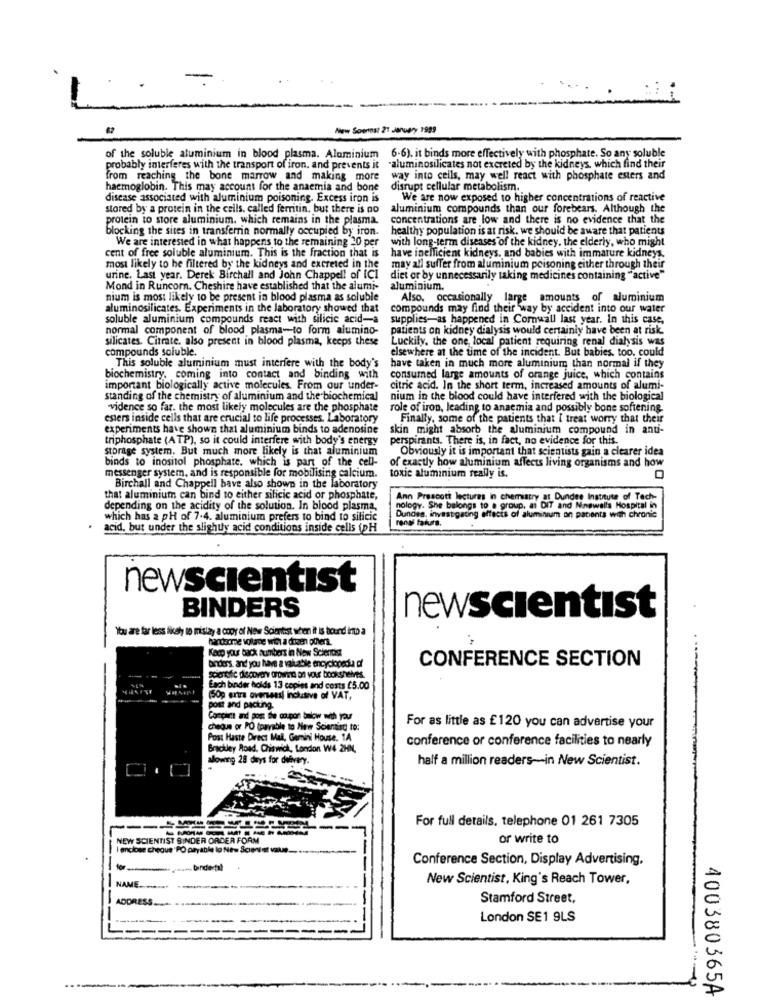
New Scontost 21 January 1999
of the soluble aluminium in blood plasma. Aluminium 6-6), it binds more effectively with phosphate. So any soluble
probably interferes with the transport of iron, and prevents it -aluminosilicates not excreted by the kidneys, which find their
from reaching the bone marrow and making more
way into cells, may well react with phosphate esters and
haemoglobin. This may account for the anaemia and bone
disrupt cellular metabolism.
disease associated with aluminium poisoning. Excess iron is
We are now exposed to higher concentrations of reactive
stored by a protein in the cells, called ferritin, but there is no
aluminium compounds than our forebears. Although the
protein to store aluminium, which remains in the plasma.
concentrations are low and there is no evidence that the
blocking the sites in transferrin normally occupied by iron.
healthy population is at risk. we should be aware that patients
We are interested in what happens to the remaining 20 per
with long-term diseases of the kidney, the elderly, who might
cent of free soluble aluminium. This is the fraction that is
have inefficient kidneys, and babies with immature kidneys.
most likely to be filtered by the kidneys and excreted in the
may all suffer from aluminium poisoning either through their
urine. Last year. Derek Birchall and John Chappell of ici
diet or by unnecessarily taking medicines containing "active"
Mond in Runcorn, Cheshire have established that the alumi-
aluminium.
nium is most likely to be present in blood plasma as soluble
Also, occasionally large amounts of aluminium
aluminosilicates. Experiments in the laboratory showed that
compounds may find their way by accident into our water
soluble aluminium compounds react with silicic acid-a
supplies-as happened in Cornwall last year. In this case,
normal component of blood plasma-to form alumino-
patients on kidney dialysis would certainly have been at risk.
silicates. Citrate, also present in blood plasma, keeps these
Luckily, the one, local patient requiring renal dialysis was
compounds soluble.
elsewhere at the time of the incident. But babies, too. could
This soluble aluminium must interfere with the body's
have taken in much more aluminium than normal if they
biochemistry, coming into contact and binding with
consumed large amounts of orange juice, which contains
important biologically active molecules. From our under-
citric acid. In the short term, increased amounts of alumi-
standing of the chemistry of aluminium and the biochemical
nium in the blood could have interfered with the biological
vidence so far. the most likely molecules are the phosphate
role of iron, leading to anaemia and possibly bone softening.
esters inside cells that are crucial to life processes. Laboratory
Finally, some of the patients that I treat worry that their
experiments have shown that aluminium binds to adenosine
skin might absorb the aluminium compound in anti-
triphosphate (ATP), so it could interfere with body's energy
perspirants. There is, in fact, no evidence for this.
storage system. But much more likely is that aluminium
Obviously it is important that scientists gain a clearer idea
binds to inositol phosphate. which is part of the cell-
of exactly how aluminium affects living organisms and how
messenger system, and is responsible for mobilising calcium.
toxic aluminium really is.
Birchall and Chappell have also shown in the laboratory
that aluminium can bind to either silicic acid or phosphate,
Ann Prescott lectures in chemistry at Dundee Institute of Tech-
depending on the acidity of the solution. In blood plasma,
nology. She belongs to a group, ai DIT and Ninswells Hospital in
which has a pH of 7.4. aluminium prefers to bind to silicic
Dundes, investigating effects of aluminium on patients with chronic
renas fatura.
acid, but under the slighty acid conditions inside cells (pH
newscientist
BINDERS
newscientist
You are far less likely to mistay a copy of New Scientist when it is hourd ino a
Kado your back numbers in New Science
banders, and you have a valuable encyclopedia of
CONFERENCE SECTION
Each binder holds 13 copies and costs [5.00
(50g extra overseas) inclusive of VAT,
post and packing.
Corpi and port the coupon below with your
cheque or PO (parable to New Scientist to:
For as little as £120 you can advertise your
Post Haste Direct Mal, Gemini House. 14
conference or conference facilities to nearly
Brackley Road, Chiswick, London W4 2HN,
allowing 28 days for delivery.
half a million readers-in New Scientist.
For full details, telephone 01 261 7305
------
NEW SCIENTIST BINDER ORDER FORM
or write to
enclose cheque PO payable lo New Scent of vale.
Conference Section, Display Advertising.
- bindertal
New Scientist, King's Reach Tower,
NAME ...
ADDRESS
Stamford Street,
London SE1 9LS
400380365A